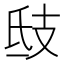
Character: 𢺾